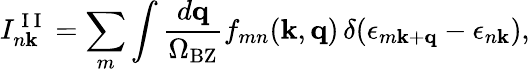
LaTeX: I_{n\mathbf k}^{\mathrm{~I~I~}}=\sum_{m}\int\frac{d\mathbf q}{\Omega_{\mathrm{BZ}}}f_{mn}(\mathbf k,\mathbf q)\, \delta(\epsilon_{m\mathbf k+\mathbf q}-\epsilon_{n\mathbf k}),